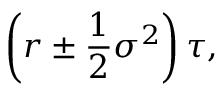
\left( r \pm { \frac { 1 } { 2 } } \sigma ^ { 2 } \right) \tau ,